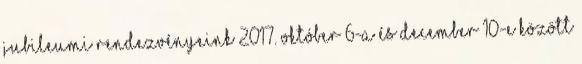
Jubileumi rendezvényeink 2017. október 6-a és december 10-e között